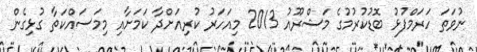
ނުވަތަ ހަރަމްފުޅު ބޮޑުކުރުމުގެ މަޝްރޫއު 2013 މިއަހަރު ކުރިއަށްދާ ކަމަށާއި މިމަސައްކަތާ ގުޅިގެން